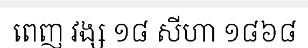
ពេញ វង្ស ១៨ សីហា ១៨៦៨